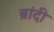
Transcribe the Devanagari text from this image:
ब्रांदी